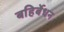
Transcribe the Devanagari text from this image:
बहिर्बेधन